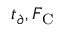
t _ { \partial } , F _ { \mathrm { C } }